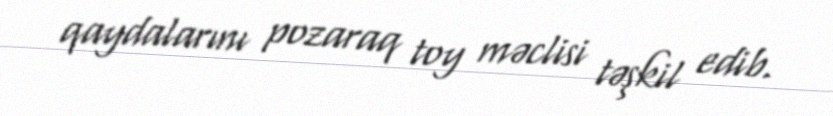
qaydalarını pozaraq toy məclisi təşkil edib.